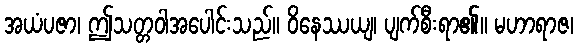
အယံပဇာ၊ ဤသတ္တဝါအပေါင်းသည်။ ဝိနေဿယျ၊ ပျက်စီးရာ၏။ မဟာရာဇ၊